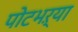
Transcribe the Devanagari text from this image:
पोटभऱ्या